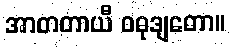
အာတတာယီ ဝဓုဒျတော။